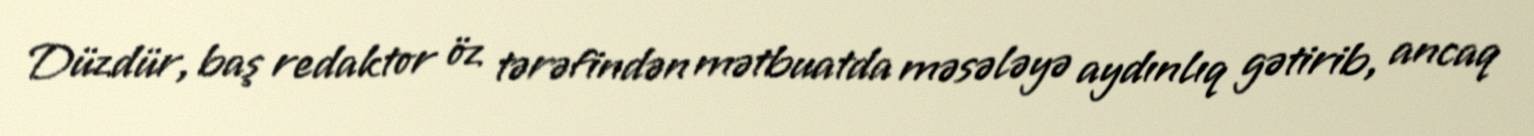
Düzdür, baş redaktor öz tərəfindən mətbuatda məsələyə aydınlıq gətirib, ancaq